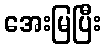
အေးမြပြီး